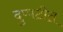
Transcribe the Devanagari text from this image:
दुप्पटीत